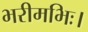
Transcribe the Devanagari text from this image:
भरीमभिः।